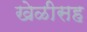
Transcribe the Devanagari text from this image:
खेळीसह